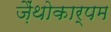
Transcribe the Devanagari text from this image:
ज़ैंथोकार्पम